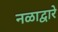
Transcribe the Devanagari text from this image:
नळाद्वारे